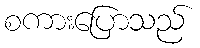
စကားပြောသည်